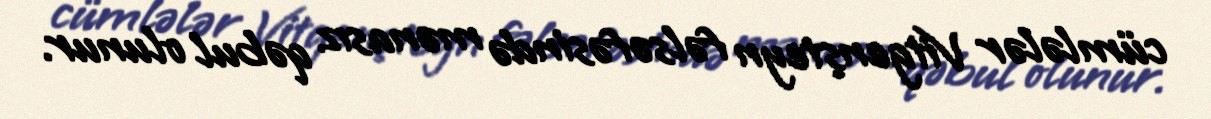
cümlələr Vitgenşteyn fəlsəfəsində mənasız qəbul olunur.